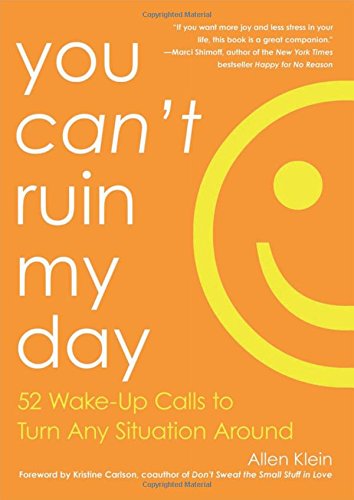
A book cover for You Can't Ruin My Day: 52 Wake-Up Calls to Turn Any Situation Around; Allen Klein; Self-Help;